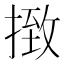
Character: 㨖